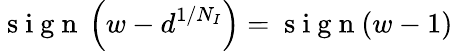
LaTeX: \mathrm{~s~i~g~n~}\left(w-d^{1/N_{I}}\right)=\mathrm{~s~i~g~n~}(w-1)